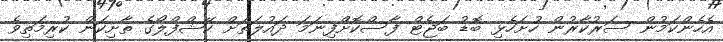
އެހެންކަމުން ސަރުކާރުން ހުށަހެޅި ބޮޑު ބަޖެޓް ފާސްކޮށްފިނަމަ ދައުލަތަށް ކޭޝްފްލޯގެ ތާށިކަން ކުރިމަތިވެ